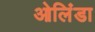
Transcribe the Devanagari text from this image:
ओलिंडा